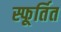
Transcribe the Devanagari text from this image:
स्फूर्तित